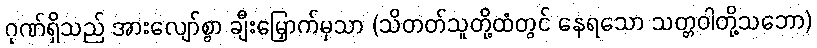
ဂုဏ်ရှိသည် အားလျော်စွာ ချီးမြှောက်မှသာ (သိတတ်သူတို့ထံတွင် နေရသော သတ္တဝါတို့သဘော)